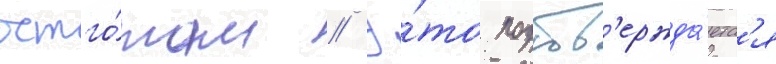
остго́там // Э́то подтв'ержда́етс'я